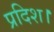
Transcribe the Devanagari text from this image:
प्रदिश।